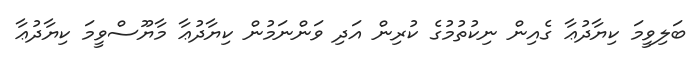
ބަލިވީމަ ކިޔާދުޢާ ގެއިން ނިކުތުމުގެ ކުރިން އަދި ވަންނަމުން ކިޔާދުޢާ މާޔޫސްވީމަ ކިޔާދުޢާ